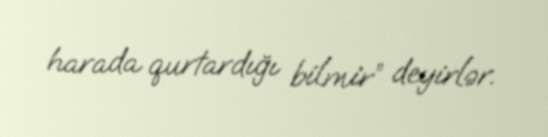
harada qurtardığı bilmir” deyirlər.